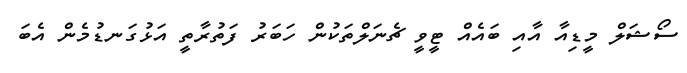
ސޯޝަލް މީޑިއާ އާއި ބައެއް ޓީވީ ޗެނަލްތަކުން ހަބަރު ފަތުރާތީ އަޅުގަނޑުމެން އެބަ